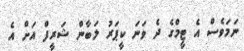
ނަމަވެސް އެ ޓީމްގެ ދެ ވަނަ ކީޕަރު ލަބާން ޝަރީފް އަށް އެ